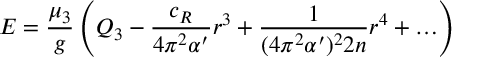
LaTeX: E = \frac { \mu _ { 3 } } { g } \left( Q _ { 3 } - \frac { c _ { R } } { 4 \pi ^ { 2 } \alpha ^ { \prime } } r ^ { 3 } + \frac { 1 } { ( 4 \pi ^ { 2 } \alpha ^ { \prime } ) ^ { 2 } 2 n } r ^ { 4 } + \ldots \right)